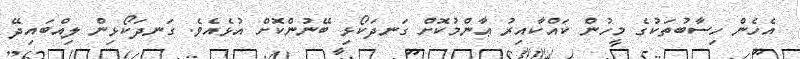
އެހެން ހިސާބުތަކުގެ މީހުން ކައްކާއިރު ޢާންމުކޮށް ގަނދަކޯޅި ބޭނުންކޮށް އުޅެއެވެ. ގަނދަކޯޅިން ލިއްބައިދޭ